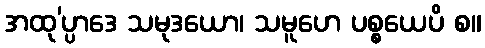
အထု’ပ္ပာဒေ သမုဒယော၊ သမူဟေ ပစ္စယေပိ စ။